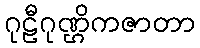
ဂုဠီဂုဏ္ဌိကဇာတာ